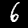
Digit: 6